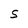
Character: S